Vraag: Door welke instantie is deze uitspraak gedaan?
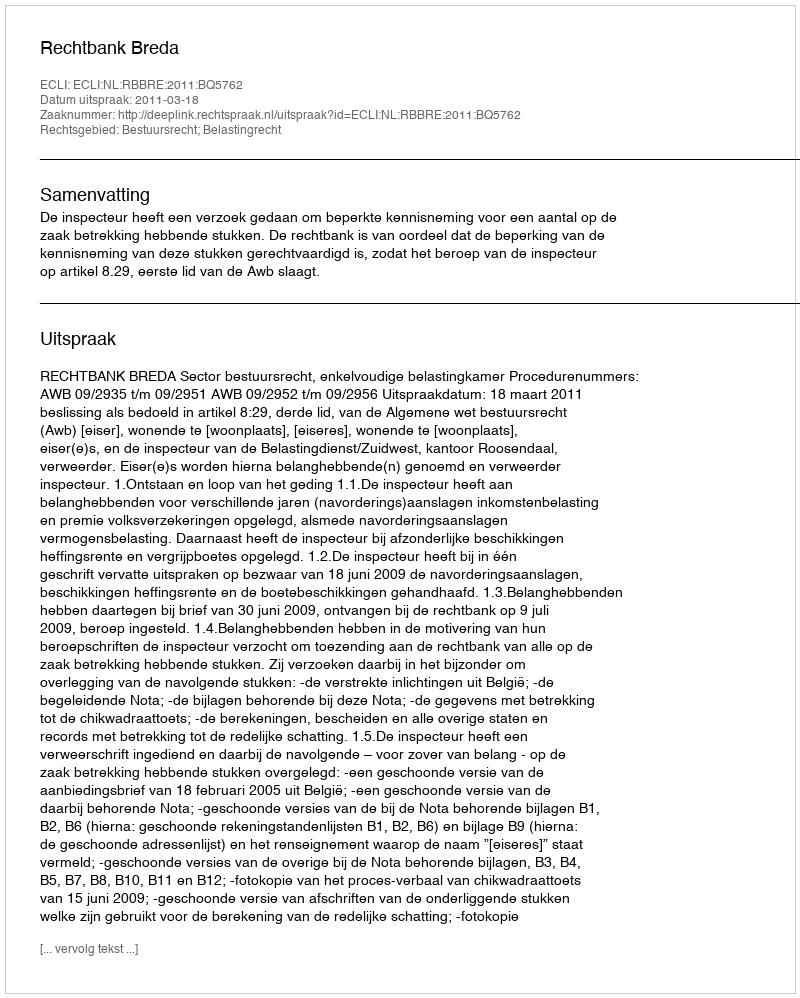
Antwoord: Rechtbank Breda